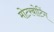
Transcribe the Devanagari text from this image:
मोटरबोटिंग